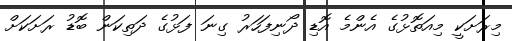
މިރަށަކީ މިއަތޮޅުގެ އެންމެ އޮޑި ދޯނިފަހަރު ގިނަ ފަޅުގެ ދަތިކަން ބޮޑު ރަށަކަށް